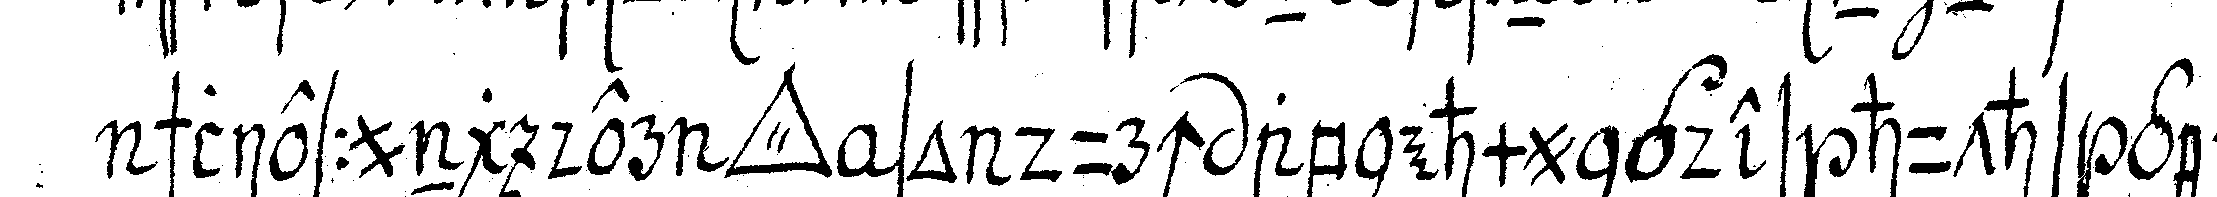
schliessung der *tri..* so durch abnehmungdes huths geschie